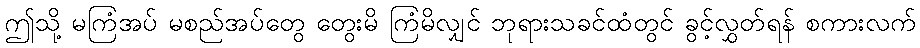
ဤသို့ မကြံအပ် မစည်အပ်တွေ တွေးမိ ကြံမိလျှင် ဘုရားသခင်ထံတွင် ခွင့်လွှတ်ရန် စကားလက်